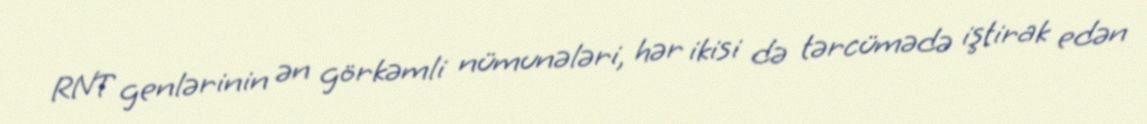
RNT genlərinin ən görkəmli nümunələri, hər ikisi də tərcümədə iştirak edən